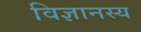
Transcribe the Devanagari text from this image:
विज्ञानस्य